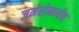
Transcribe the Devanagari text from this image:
जनेरोमध्येच